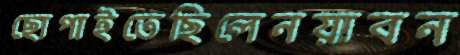
ছোপাইতেছিলেনয়াবন